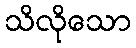
သိလိုသော